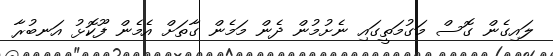
ލައިގެން ގޮސް މަގުމަތީގައި ނެށުމުން ދެން މަމެން ގާތަށް އެމެން ފޫކޮޅު އަނބުރާ